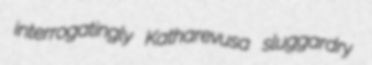
interrogatingly Katharevusa sluggardry